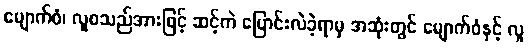
မျောက်ဝံ၊ လူစသည်အားဖြင့် ဆင့်ကဲ ပြောင်းလဲခဲ့ရာမှ အဆုံးတွင် မျောက်ဝံနှင့် လူ